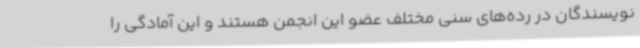
نویسندگان در رده‌های سنی مختلف عضو این انجمن هستند و این آمادگی را